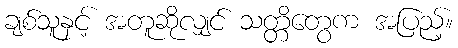
ချစ်သူနှင့် အတူဆိုလျှင် သတ္တိတွေက အပြည့်။